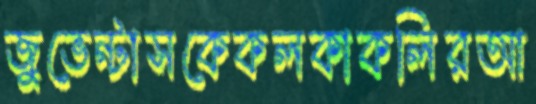
জুভেন্টাসকেকলকাকলিরআ